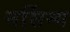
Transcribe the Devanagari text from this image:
नर्सिन्ग